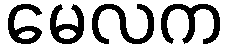
မေလက